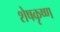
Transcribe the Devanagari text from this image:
शेषकृष्ण